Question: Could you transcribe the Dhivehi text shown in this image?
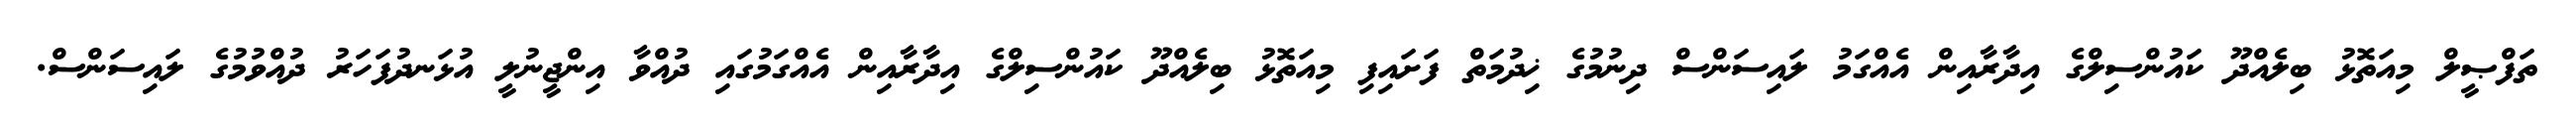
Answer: ތަފްޞީލް މިއަތޮޅު ބިލެއްދޫ ކައުންސިލްގެ އިދާރާއިން އެއްގަމު ލައިސަންސް ދިނުމުގެ ޚިދުމަތް ފަށައިފި މިއަތޮޅު ބިލެއްދޫ ކައުންސިލްގެ އިދާރާއިން އެއްގަމުގައި ދުއްވާ އިންޖީނުލީ އުޅަނދުފަހަރު ދުއްވުމުގެ ލައިސަންސް.